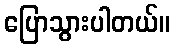
ပြောသွားပါတယ်။